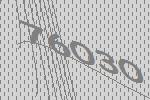
76030